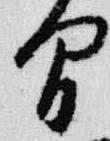
間